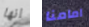
انها امامنا